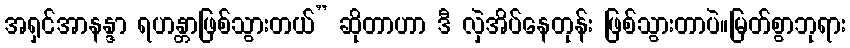
အရှင်အာနန္ဒာ ရဟန္တာဖြစ်သွားတယ်” ဆိုတာဟာ ဒီ လှဲအိပ်နေတုန်း ဖြစ်သွားတာပဲ။မြတ်စွာဘုရား